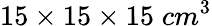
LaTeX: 15\times 15\times 15\; cm^{3}